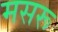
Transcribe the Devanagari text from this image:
मसरू